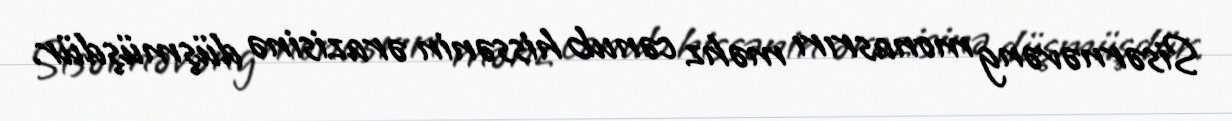
Sisərnəvəng monasrırı məhz cənub hissənin ərazisinə düşmüşdür.